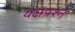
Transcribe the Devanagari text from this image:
यक्षप्रश्न